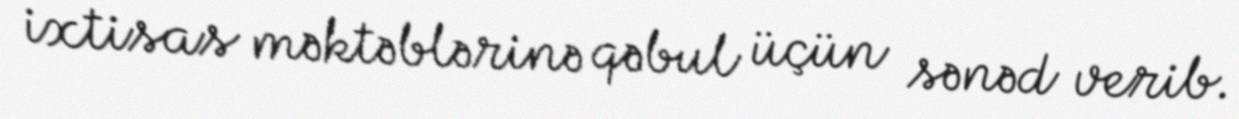
ixtisas məktəblərinə qəbul üçün sənəd verib.